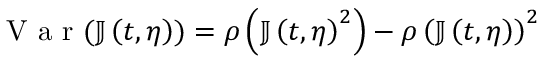
\mathrm { ~ V ~ a ~ r ~ } ( \mathbb { J } \left( t , \eta \right) ) = \rho \left( \mathbb { J } \left( t , \eta \right) ^ { 2 } \right) - \rho \left( \mathbb { J } \left( t , \eta \right) \right) ^ { 2 }